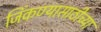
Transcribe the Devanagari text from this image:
जिंकण्यासाठीच्या